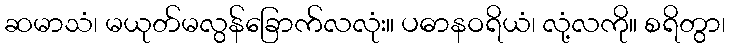
ဆမာသံ၊ မယုတ်မလွန်ခြောက်လလုံး။ ပဓာနဝရိယံ၊ လုံ့လကို။ စရိတွာ၊